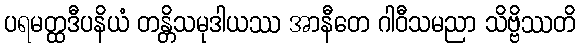
ပရမတ္ထဒီပနိယံ တန္တိသမုဒါယဿ အာနီတေ ဂါဝီသမညာ သိဗ္ဗိဿတိ